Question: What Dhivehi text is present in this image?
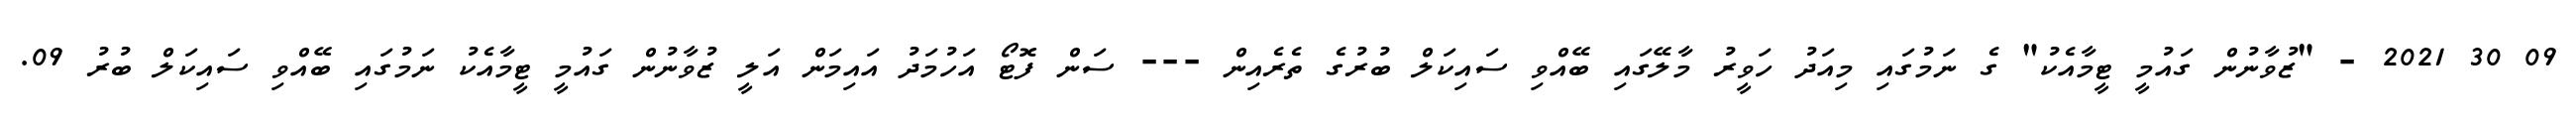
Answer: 09 30 2021 - "ޒުވާނުން ގައުމީ ޓީމާއެކު" ގެ ނަމުގައި މިއަދު ހަވީރު މާލޭގައި ބޭއްވި ސައިކަލް ބުރުގެ ތެރެއިން --- ސަން ފޮޓޯ އަހުމަދު އައިމަން އަލީ ޒުވާނުން ގައުމީ ޓީމާއެކު ނަމުގައި ބޭއްވި ސައިކަލް ބުރު 09.